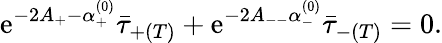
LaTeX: \mathrm{e}^{-2A_{+}-\alpha_{+}^{(0)}}\bar{{\tau}}_{+(T)}+\mathrm{e}^{-2A_{--}\alpha_{-}^{(0)}}\bar{{\tau}}_{-(T)}=0.